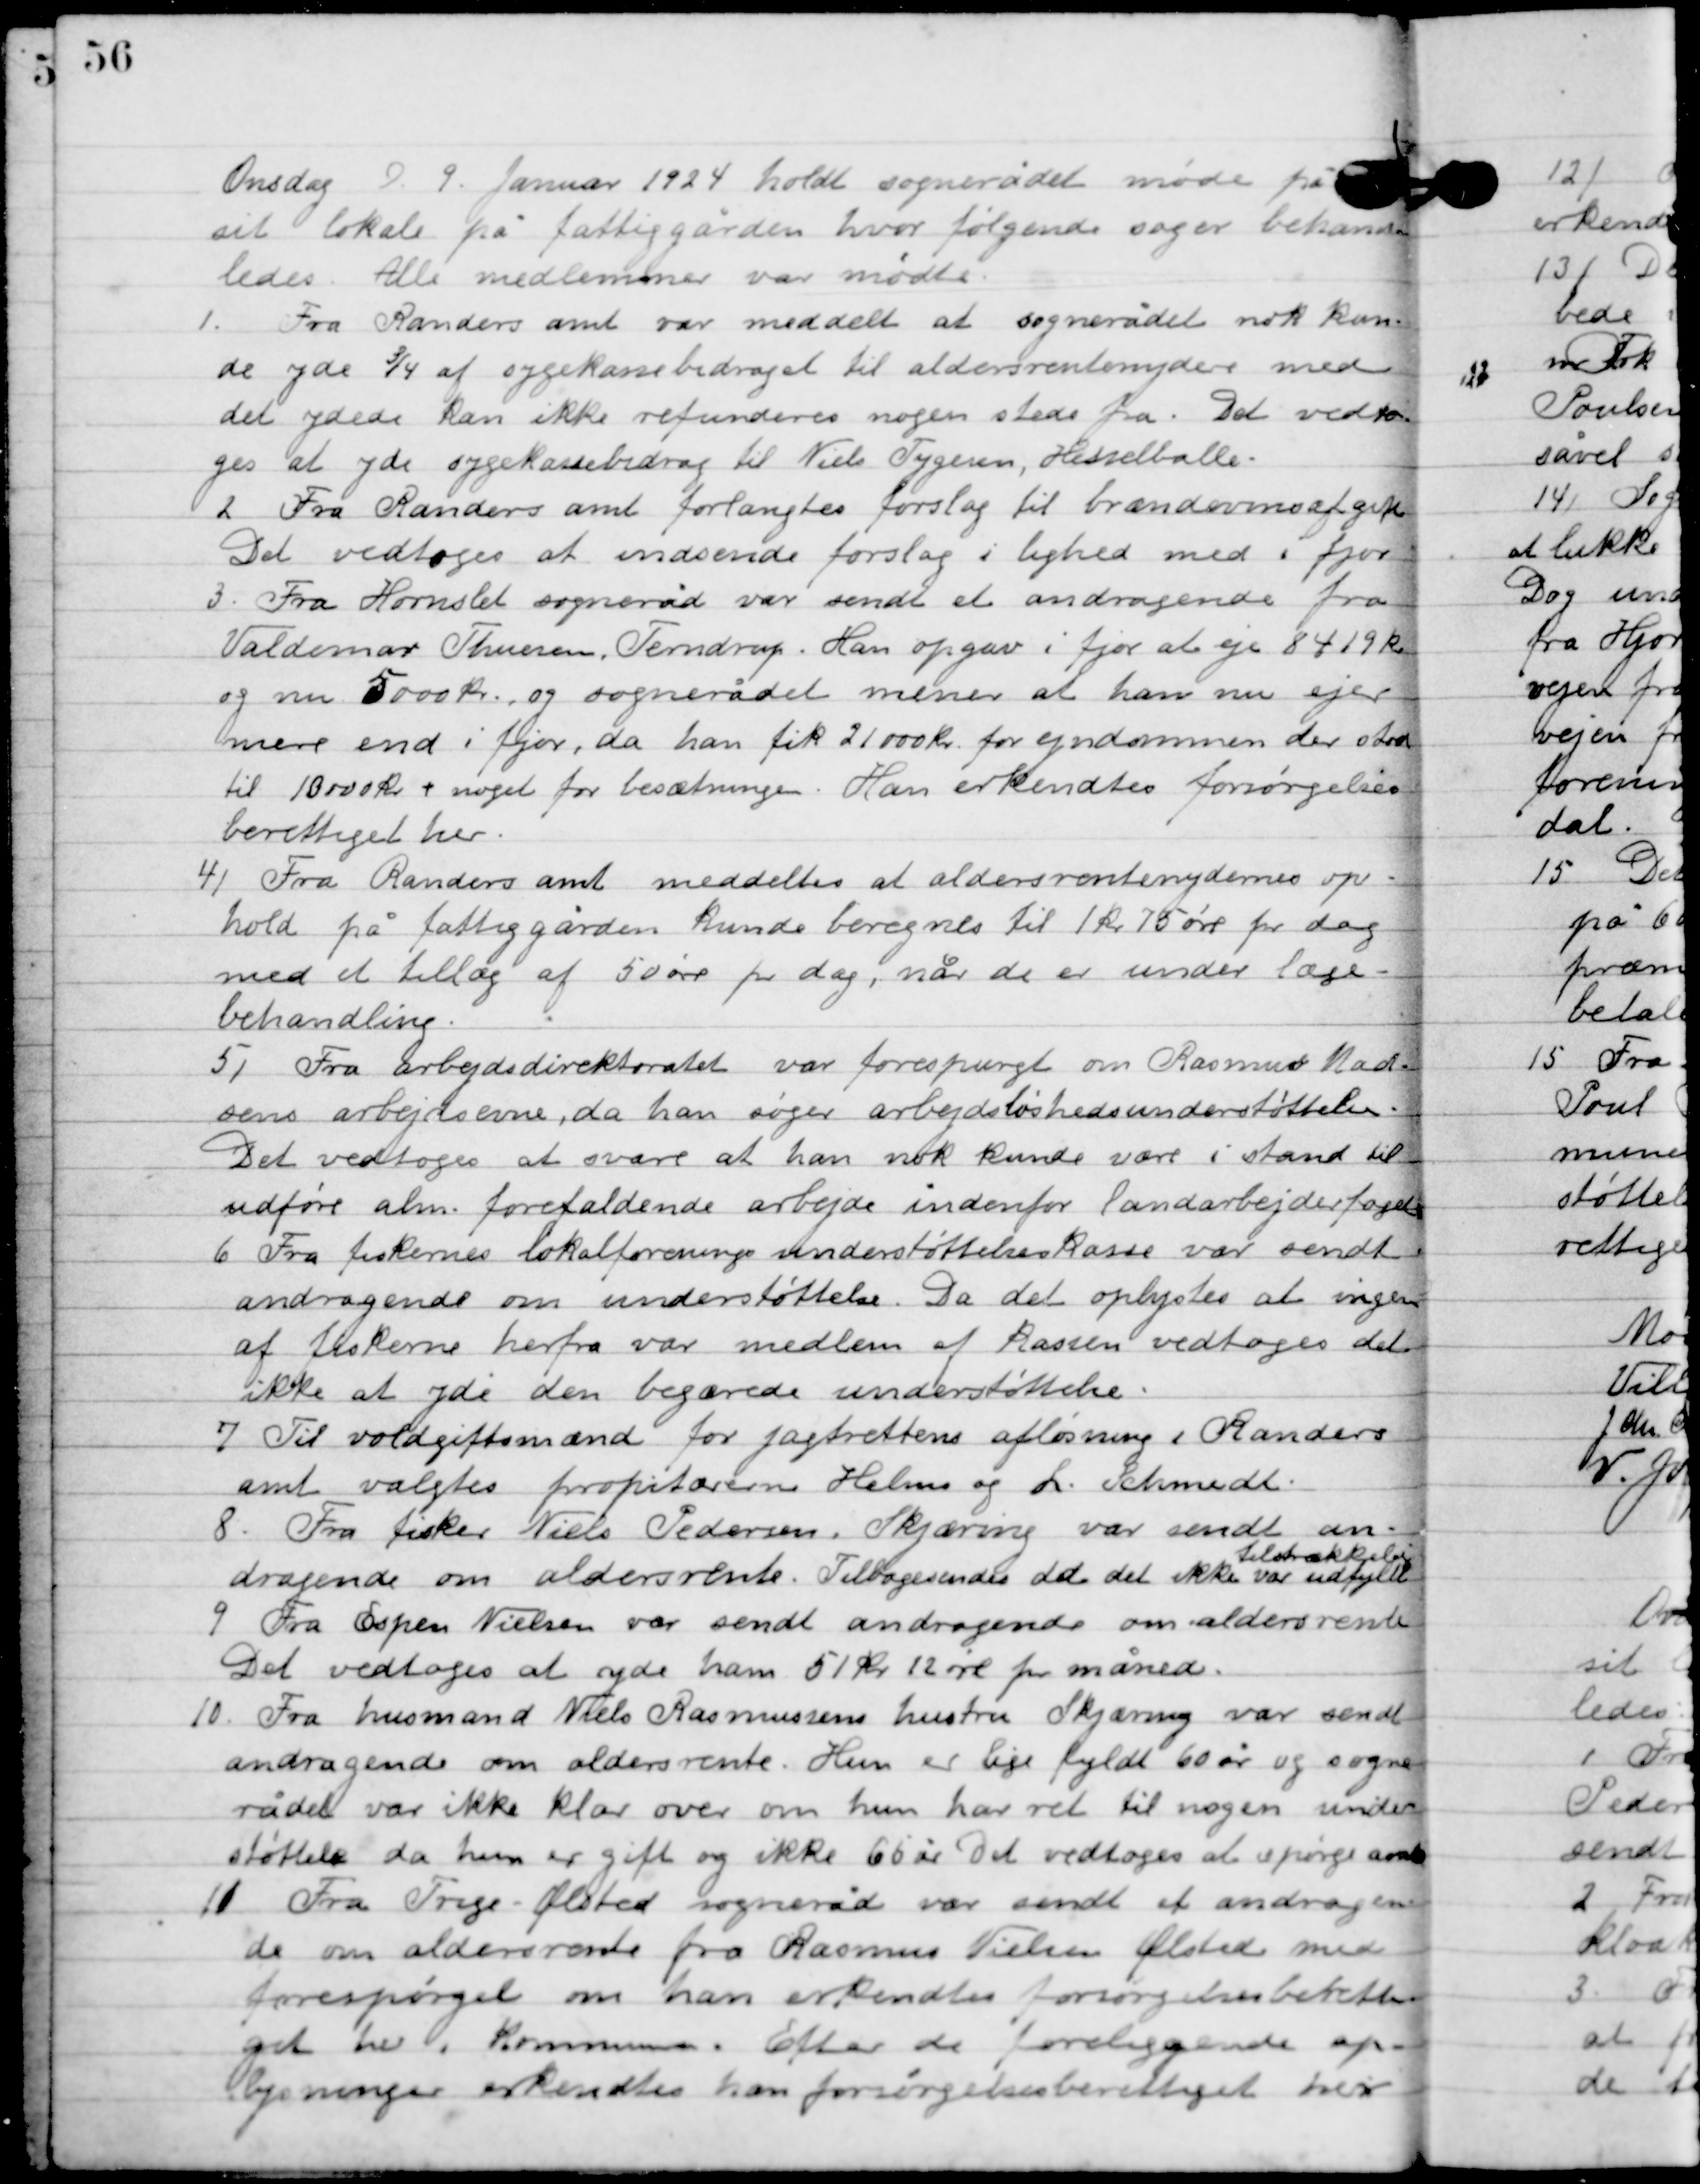
Transskription:
Onsdag D. 9. Januar 1924 holdt sognerådet møde på
sit lokale på fattiggården, hvor følgende sager behand-
ledes. Alle medlemmer var mødte.

1

Fra Randers amt var meddelt at sognerådet nok kun-
de yde ¾ af sygekassebidraget til aldersrenteydere med
det ydede kan ikke refunderes nogen steder fra. Det vedto-
ges at yde sygekassebidrag til Niels Tygesen, Hesselballe.

2

Fra Randers amt forlangtes forslag til brændevins afgift.
Det vedtoges at indsende forslag i lighed med i fjor.

3

Fra Hornslet sogneråd var sendt et andragende fra
Valdemar Thomsen, Terndrup. Han opgav i fjor
at eje 8419 kr.  og nu 5000 kr. og sognerådet menes at han nu ejer
mere end i fjor, da han fik 21000 kr. for ejendommen der stod
til 10000 kr. + noget for besætningen. Han erkendtes forøgelses-
berettiget her.

4

Fra Randers amt meddeltes at aldersrenteydernes op-
hold på fattiggården kunde beregnes til 1 kr. 75 øre pr. dag
med et tillæg af 50 øre pr. dag. Når de er under læge-
behandling.

5

Fra arbejdes direktoratet var forespurgt om Rasmus Mad-
sens arbejdsevne, da han søger arbejdsløshedsunderstøttelse.
Det vedtoges at svare at han nok kunde være i stand til
udføre alm. forefaldende arbejde inden for landarbejderfaget.

6

Fra fiskernes lokalforenings understøttelseskasse var sendt
andragende om understøttelse. Da et oplystes at ingen
af fiskerne herfra var medlem af kassen vedtoges det
ikke at yde den begærede understøttelse.

7

Til voldgiftsmæd for jagtrettens afløsning i Randers
amt valgtes proprietær Helms og L. Schmidt.

8

Fra fisker Niels Pedersen. Skjæring var sendt an-
dragende om aldersrente. Tilbagesendes dd. det ikke var udfyldt
tilstrækkeligt.

9

fra Espen Nielsen var sendt andragende om aldersrente.
Det vedtoges at yde ham 51 kr. 12 øre pr. måned.

10

Fra husmand Niels Rasmussens hustru Skjæring var sendt
andragende om aldersrente. Hun er lige fyldt 60 år og sogne-
rådet var ikke klar over om hun har ret til nogen under-
støttelse da hun er gift og ikke 66 år. Det vedtoges at spørge amtet.

11

Fra Trige-Ølsted sogneråd var sendt et andragen-
de om aldersrente fra Rasmus Nielsen Ølsted med
forespørgsel om han erkendtes forsørgelsesberetti-
get er i kommunen. Efter de foreliggende op-
lysninger erkendtes han forsørgelse berettiget her.